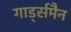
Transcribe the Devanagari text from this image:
गार्ड्समैन